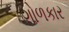
ગોળકાર